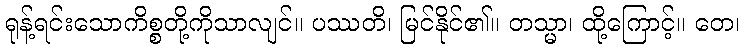
ရုန့်ရင်းသောကိစ္စတို့ကိုသာလျင်။ ပဿတိ၊ မြင်နိုင်၏။ တသ္မာ၊ ထို့ကြောင့်။ တေ၊